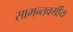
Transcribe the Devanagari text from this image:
सामन्तवर्गीय